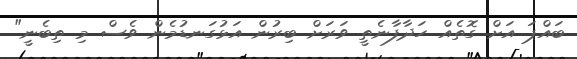
ބައްޕަ އަށް ގޮތެއް ހަދާފާނެތީ ވަރަށް ބިރުން އަޅުގަނޑުމެން ވެސް މި ތިބެނީ"